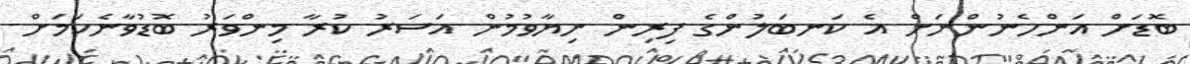
ބޮޑަށް އަންހެނުންނަށް އެ ކަނބަލުންގެ ފިރިން ނިޔާވުމުން އަސަރު ކުރާ މިންވަރު ބޮޑުވާނެކަމަށް